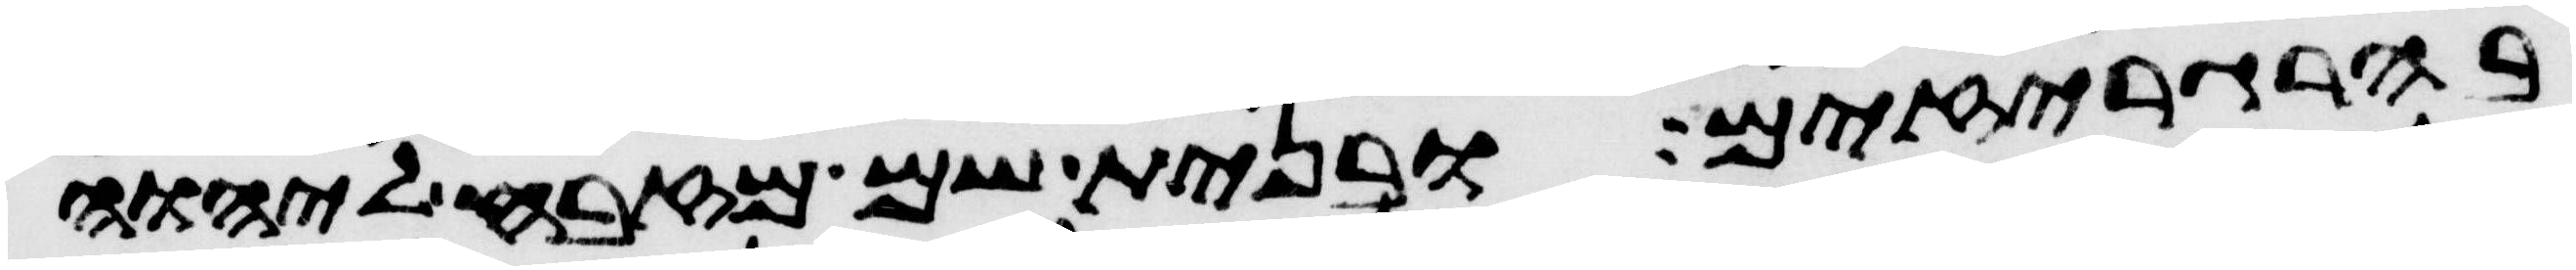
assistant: בהרגריזים ובנית שם מזבח ליהוה